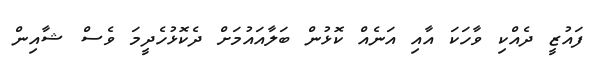
ފައުޒީ ދެއްކި ވާހަކަ އާއި އަނެއް ކޮޅުން ބަލާއައުމަށް ދެކޮޅުހެދީމަ ވެސް ޝާއިން